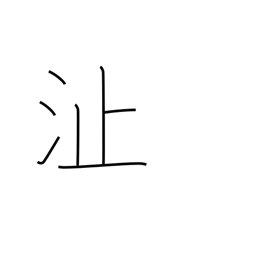
Meaning: shoal